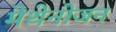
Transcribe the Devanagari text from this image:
मेथेनोजन